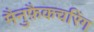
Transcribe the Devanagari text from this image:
मैनुफ़ैकचरिंग